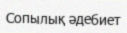
Сопылық әдебиет